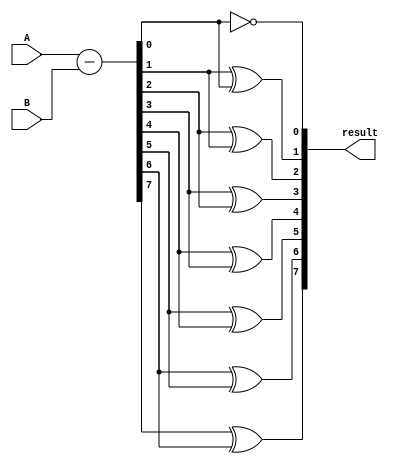
module subtractor (
  input [7:0] A,
  input [7:0] B,
  output [7:0] result
);

wire [7:0] diff;
wire carry_in = 1'b1;

assign diff = A - B;

assign result[0] = diff[0] ^ carry_in;
assign result[1] = diff[1] ^ diff[0];
assign result[2] = diff[2] ^ diff[1];
assign result[3] = diff[3] ^ diff[2];
assign result[4] = diff[4] ^ diff[3];
assign result[5] = diff[5] ^ diff[4];
assign result[6] = diff[6] ^ diff[5];
assign result[7] = diff[7] ^ diff[6];

endmodule